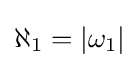
\aleph _{1}=|\omega _{1}|